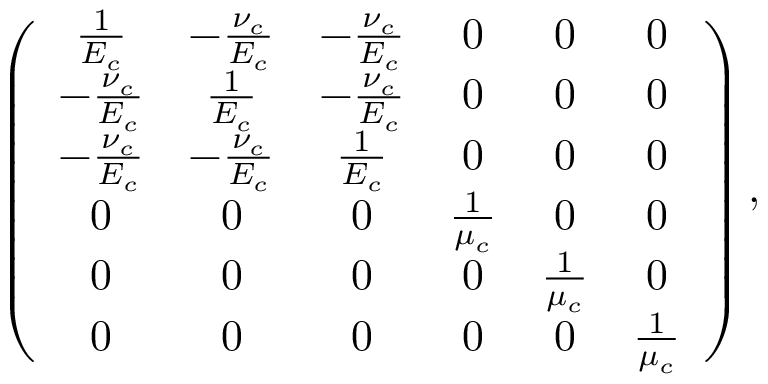
\left( \begin{array} { c c c c c c } { \frac { 1 } { E _ { c } } } & { - \frac { \nu _ { c } } { E _ { c } } } & { - \frac { \nu _ { c } } { E _ { c } } } & { 0 } & { 0 } & { 0 } \\ { - \frac { \nu _ { c } } { E _ { c } } } & { \frac { 1 } { E _ { c } } } & { - \frac { \nu _ { c } } { E _ { c } } } & { 0 } & { 0 } & { 0 } \\ { - \frac { \nu _ { c } } { E _ { c } } } & { - \frac { \nu _ { c } } { E _ { c } } } & { \frac { 1 } { E _ { c } } } & { 0 } & { 0 } & { 0 } \\ { 0 } & { 0 } & { 0 } & { \frac { 1 } { \mu _ { c } } } & { 0 } & { 0 } \\ { 0 } & { 0 } & { 0 } & { 0 } & { \frac { 1 } { \mu _ { c } } } & { 0 } \\ { 0 } & { 0 } & { 0 } & { 0 } & { 0 } & { \frac { 1 } { \mu _ { c } } } \end{array} \right) ,